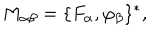
M _ { \alpha \beta } = \{ F _ { \alpha } , \varphi _ { \beta } \} ^ { * } ,